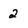
Character: 2